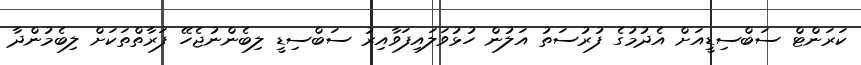
ކަރަންޓް ސަބްސިޑީއަށް އެދުމުގެ ފުރުސަތު އަލުން ހުޅުވަލައިފަވާއިރު ސަބްސިޑީ ލިބެންނުޖެހޭ ފަރާތްތަކަށް ލިބެމުންދާ